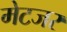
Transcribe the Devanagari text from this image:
मेटजर